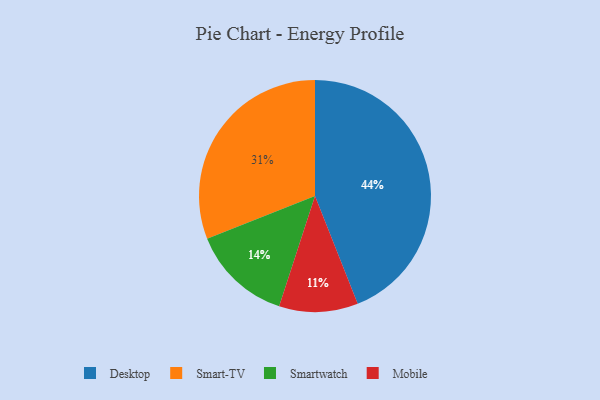
{"axis": {"x": "Category", "y": "Percentage"}, "legend": ["Desktop", "Mobile", "Smart-TV", "Smartwatch"], "data": [{"x": "Desktop", "y": 44, "type": "Desktop"}, {"x": "Smartwatch", "y": 14, "type": "Smartwatch"}, {"x": "Mobile", "y": 11, "type": "Mobile"}, {"x": "Smart-TV", "y": 31, "type": "Smart-TV"}]}